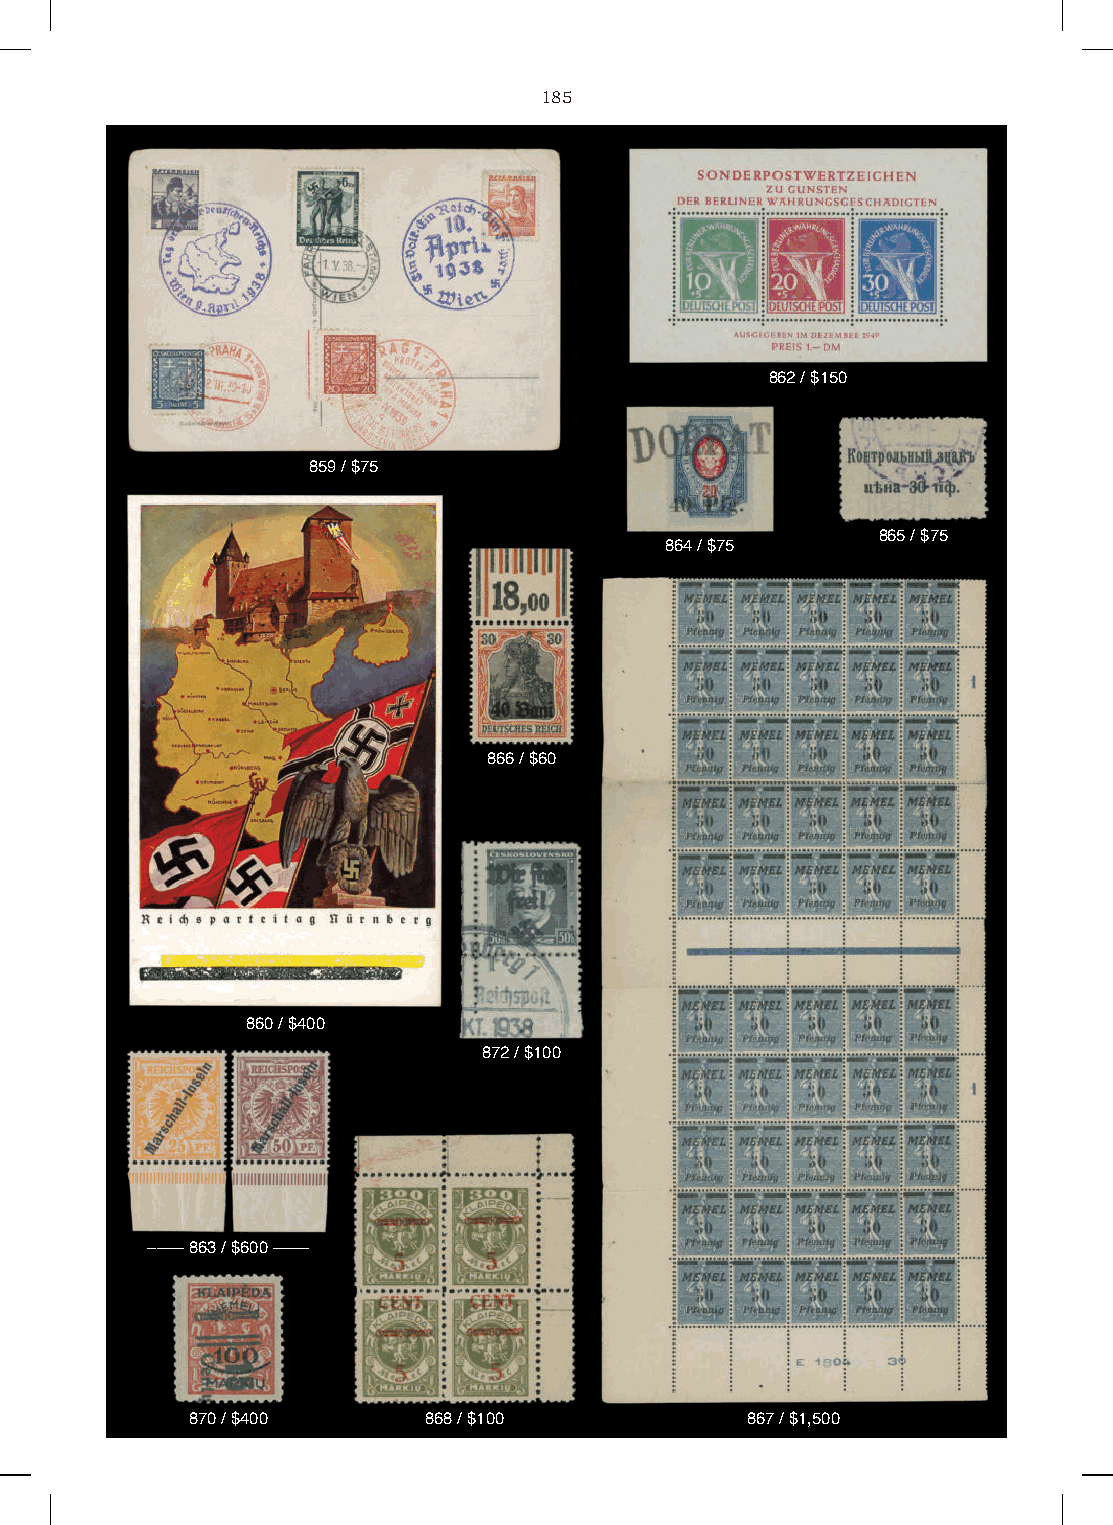
185
 862 / $150
 859 / $75
 865 / $75
 864 / $75
 866 / $60
 860 / $400
 872 / $100
 –––– 863 / $600 ––––
 870 / $400     868 / $100           867 / $1,500